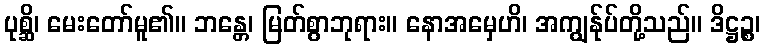
ပုစ္ဆိ၊ မေးတော်မူ၏။ ဘန္တေ၊ မြတ်စွာဘုရား။ နောအမှေဟိ၊ အကျွန်ုပ်တို့သည်။ ဒိဋ္ဌဉ္စ၊